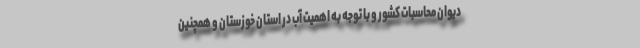
دیوان محاسبات کشور و با توجه به اهمیت آب در استان خوزستان و همچنین